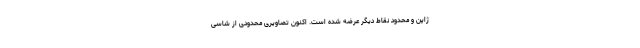
ژاپن و محدود نقاط دیگر عرضه شده است. اکنون تصاویری محدودی از شاسی